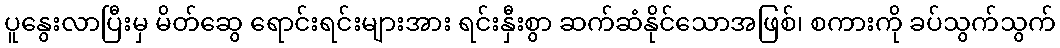
ပူနွေးလာပြီးမှ မိတ်ဆွေ ရောင်းရင်းများအား ရင်းနှီးစွာ ဆက်ဆံနိုင်သောအဖြစ်၊ စကားကို ခပ်သွက်သွက်